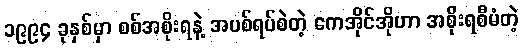
၁၉၉၄ ခုနှစ်မှာ စစ်အစိုးရနဲ့ အပစ်ရပ်စဲတဲ့ ကေအိုင်အိုဟာ အစိုးရစီမံတဲ့